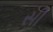
સી